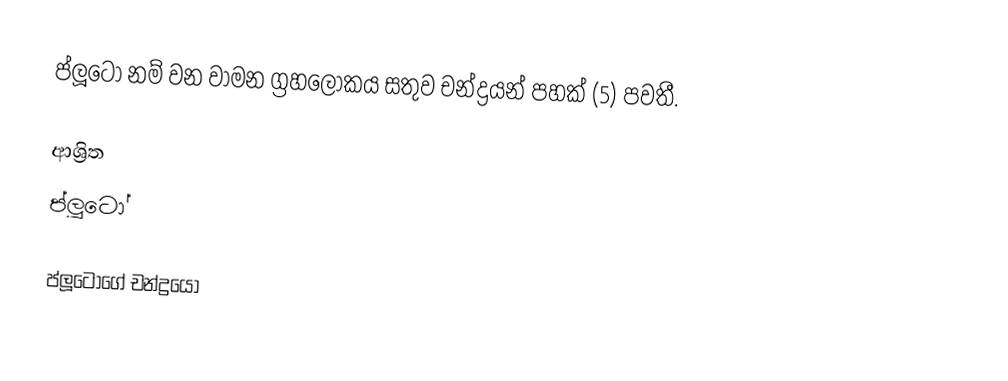
ප්ලූටෝ නම් වන වාමන ග්‍රහලෝකය සතුව චන්ද්‍රයන් පහක් (5) පවතී.

ආශ්‍රිත
 ප්ලූටෝ

ප්ලූටෝගේ චන්ද්‍රයෝ